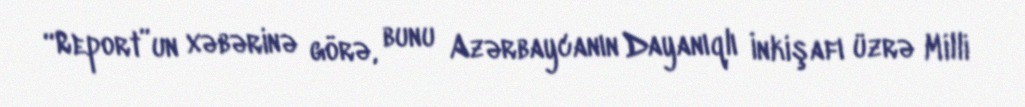
“Report”un xəbərinə görə, bunu Azərbaycanın Dayanıqlı İnkişafı üzrə Milli